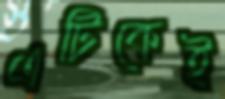
এটিকেই